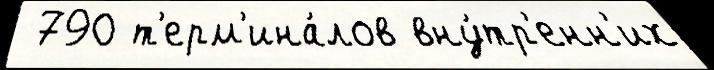
 790 т'ерм'ина́лов вну́тр'енн'их